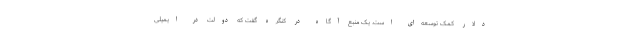
دلار کمک توسعه‌ای است. یک منبع آگاه در کنگره گفت که دولت در ایمیلی